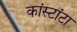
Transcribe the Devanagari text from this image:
कांस्टांटा